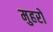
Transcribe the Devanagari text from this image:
मुहरो